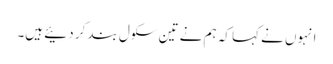
انہوں نے کہا کہ ہم نے تین سکول بند کر دئیے ہیں۔